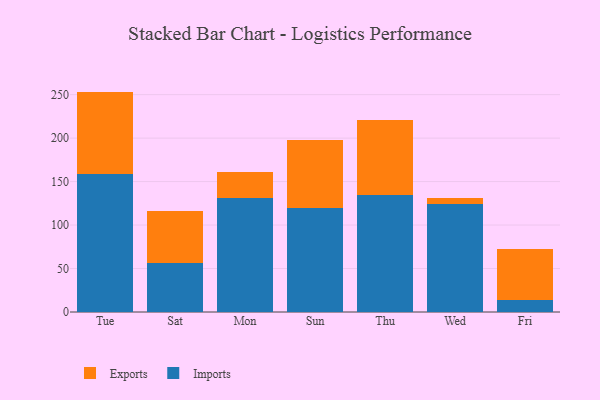
{"axis": {"x": "Day", "y": "Inventory Turnover"}, "legend": ["Exports", "Imports"], "data": [{"x": "Tue", "y": 158.5, "type": "Imports"}, {"x": "Tue", "y": 95.0, "type": "Exports"}, {"x": "Sat", "y": 56.9, "type": "Imports"}, {"x": "Sat", "y": 59.0, "type": "Exports"}, {"x": "Mon", "y": 131.3, "type": "Imports"}, {"x": "Mon", "y": 29.9, "type": "Exports"}, {"x": "Sun", "y": 119.6, "type": "Imports"}, {"x": "Sun", "y": 78.8, "type": "Exports"}, {"x": "Thu", "y": 134.6, "type": "Imports"}, {"x": "Thu", "y": 86.1, "type": "Exports"}, {"x": "Wed", "y": 124.6, "type": "Imports"}, {"x": "Wed", "y": 6.2, "type": "Exports"}, {"x": "Fri", "y": 13.3, "type": "Imports"}, {"x": "Fri", "y": 59.1, "type": "Exports"}]}